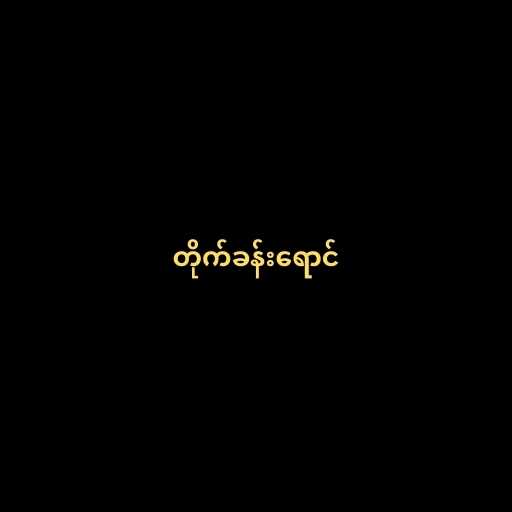
တိုက်ခန်းရောင်